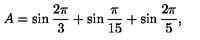
A = \sin \frac { 2 \pi } { 3 } + \sin \frac { \pi } { 1 5 } + \sin \frac { 2 \pi } { 5 } ,